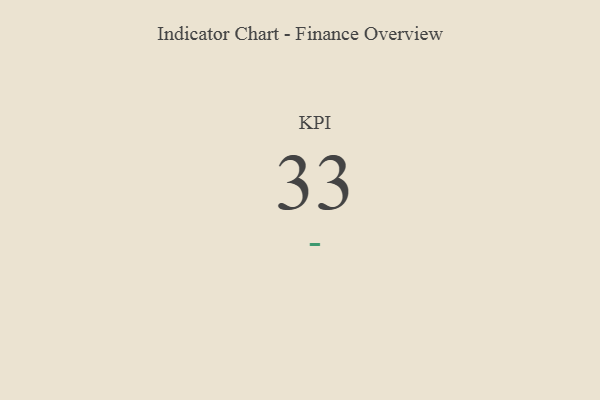
{"axis": {"x": "KPI", "y": "Value"}, "legend": [""], "data": [{"x": "KPI", "y": 33, "type": ""}]}